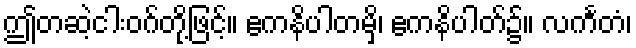
ဤတဆဲ့ငါးဝဂ်တို့ဖြင့်။ ဧကနိပါတမှိ၊ ဧကနိပါတ်၌။ လင်္ကတံ၊